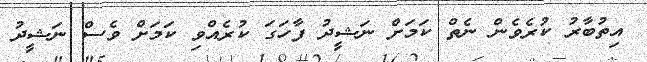
އިތުބާރު ކުރެވެން ނެތް ކަމަށް ނަޝީދު ފާހަގަ ކުރެއްވި ކަމަށް ވެސް ނަޝީދު